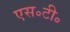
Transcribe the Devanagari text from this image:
एस॰टी॰